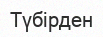
Түбірден